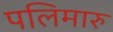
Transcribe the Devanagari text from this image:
पलिमारु